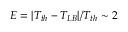
E = | T _ { t h } - T _ { L B } | / T _ { t h } \sim 2 \